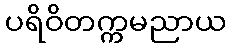
ပရိဝိတက္ကမညာယ